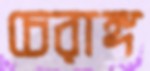
চেরাঙ্গ